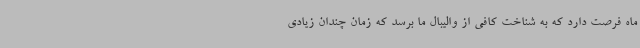
ماه فرصت دارد که به شناخت کافی از والیبال ما برسد که زمان چندان زیادی